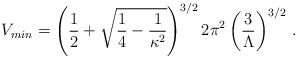
\begin{align*}V_{min}= \left({1\over 2}+\sqrt{{1\over 4}-{1\over\kappa^2}}\right)^{3/2}2\pi^2 \left({3\over\Lambda}\right)^{3/2} \,.\end{align*}